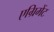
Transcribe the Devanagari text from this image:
एग्रिमेंट